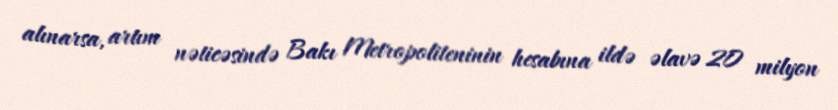
alınarsa, artım nəticəsində Bakı Metropoliteninin hesabına ildə əlavə 20 milyon